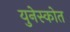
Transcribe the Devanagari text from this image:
युनेस्कोत